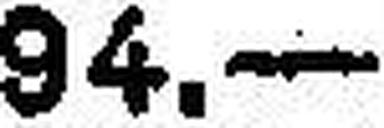
94.—